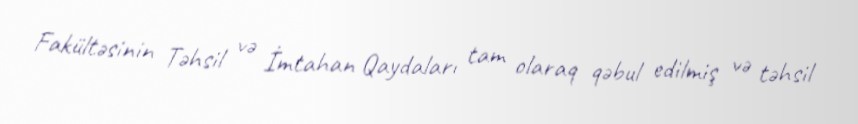
Fakültəsinin Təhsil və İmtahan Qaydaları tam olaraq qəbul edilmiş və təhsil